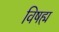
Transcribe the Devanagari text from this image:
विषह्म